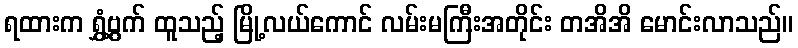
ရထားက ရွှံ့ဗွက် ထူသည့် မြို့လယ်ကောင် လမ်းမကြီးအတိုင်း တအိအိ မောင်းလာသည်။